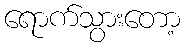
ရောက်သွားတော့